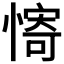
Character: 𫻀